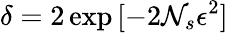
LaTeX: \delta=2\exp{[-2\mathcal{N}_{s}\epsilon^{2}]}